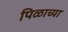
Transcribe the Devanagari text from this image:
पिळाच्या